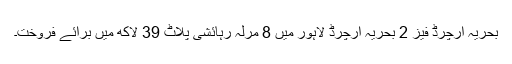
بحریہ آرچرڈ فیز 2 بحریہ آرچرڈ لاہور میں 8 مرلہ رہائشی پلاٹ 39 لاکھ میں برائے فروخت۔